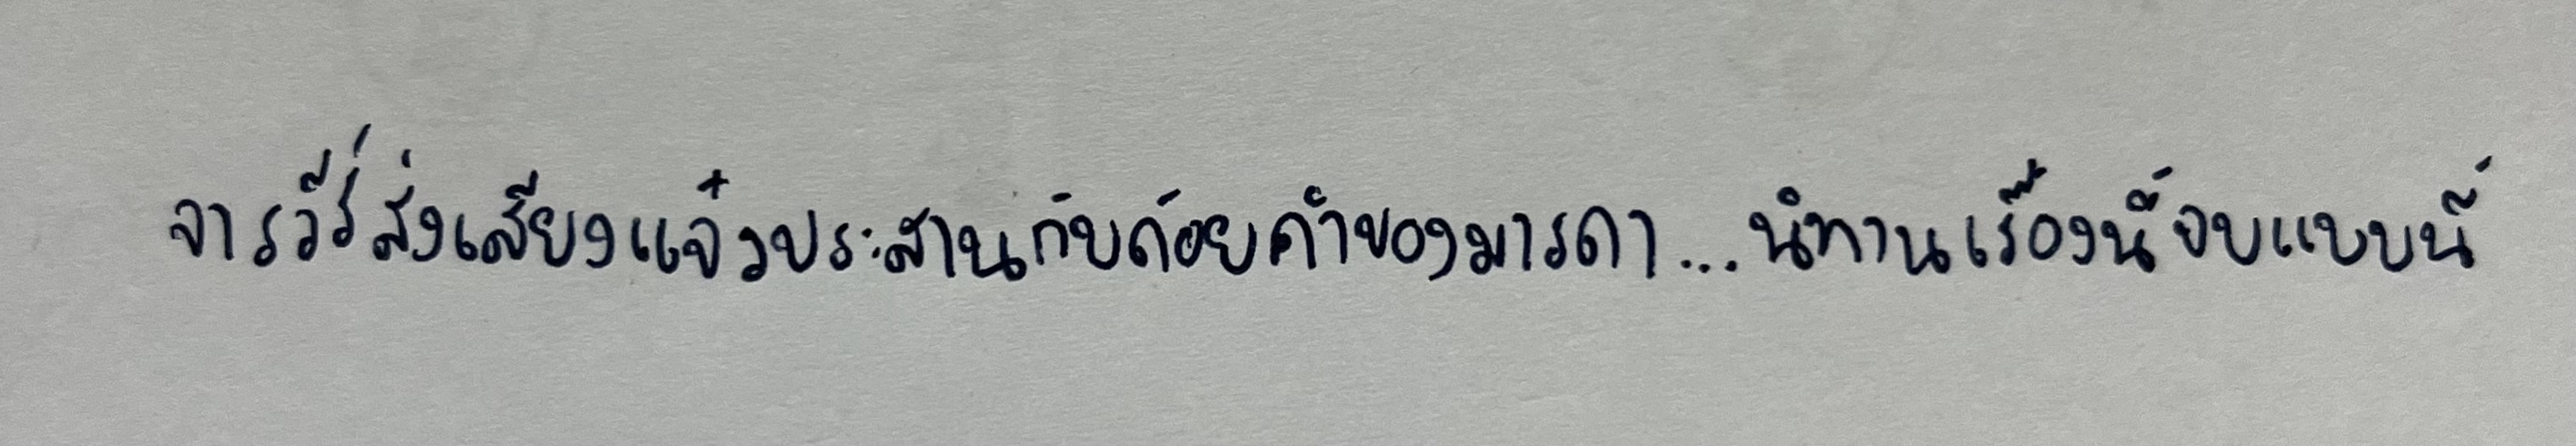
จารวีร์ส่งเสียงแจ๋วประสานกับถ้อยคำของมารดา...นิทานเรื่องนี้จบแบบนี้